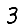
Digit: 3